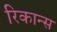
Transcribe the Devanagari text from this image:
रिकान्स